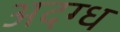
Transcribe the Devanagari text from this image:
अदग्ध